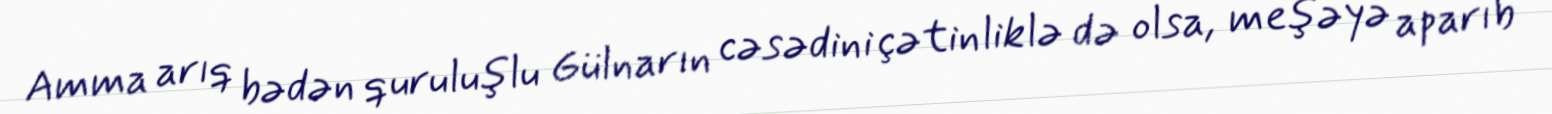
Amma arıq bədən quruluşlu Gülnarın cəsədini çətinliklə də olsa, meşəyə aparıb